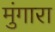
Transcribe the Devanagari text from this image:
मुंगारा